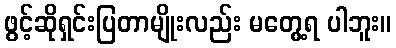
ဖွင့်ဆိုရှင်းပြတာမျိုးလည်း မတွေ့ရ ပါဘူး။